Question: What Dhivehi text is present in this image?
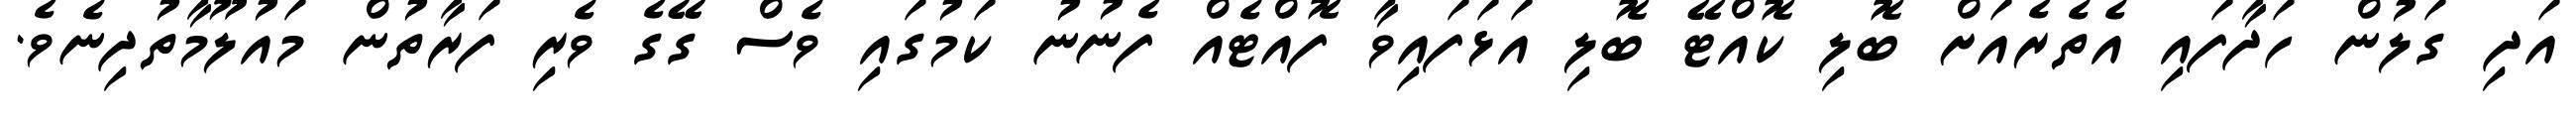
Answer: އަދި ގަލުން ހަދާފައި އެތެރެއަށް ބޮލި ކޮއްޓޭ ބޮލި އަޅަފައިވާ ފޮއްޓެއް ފެނުނު ކަމުގައި ވެސް ގޭގެ ވެރި ފަރާތުން މައުލޫމާތުދިނެވެ.